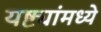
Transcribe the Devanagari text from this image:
यष्ट्यांमध्ये